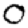
Digit: 0